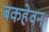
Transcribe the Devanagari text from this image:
बकहेवन